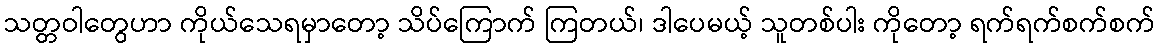
သတ္တဝါတွေဟာ ကိုယ်သေရမှာတော့ သိပ်ကြောက် ကြတယ်၊ ဒါပေမယ့် သူတစ်ပါး ကိုတော့ ရက်ရက်စက်စက်